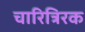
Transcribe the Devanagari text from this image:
चारित्रिरक